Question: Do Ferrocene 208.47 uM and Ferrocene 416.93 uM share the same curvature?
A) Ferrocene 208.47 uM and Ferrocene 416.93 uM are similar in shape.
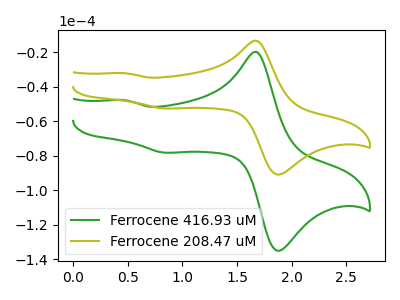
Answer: <think>The green curve "Ferrocene 416.93 uM" has anodic peaks at (1.70V, -20.00uA) (0.45V, -47.80uA) and cathodic peaks at (1.90V, -134.30uA) (0.85V, -78.20uA). The olive curve "Ferrocene 208.47 uM" has anodic peaks at (1.70V, -13.45uA) (0.45V, -32.15uA) and cathodic peaks at (1.90V, -90.35uA) (0.85V, -52.65uA).
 All the peaks in "Ferrocene 208.47 uM" have a peak in "Ferrocene 416.93 uM" at the same potential.</think>
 <answer>A) "Ferrocene 208.47 uM" and "Ferrocene 416.93 uM" are similar in shape.</answer>
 <eval>A</eval>